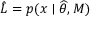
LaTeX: { \hat { L } } = p ( x \mid { \widehat { \theta } } , M )